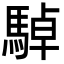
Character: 䮓